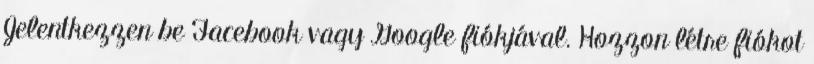
Jelentkezzen be Facebook vagy Google fiókjával. Hozzon létre fiókot